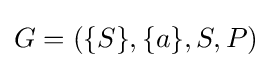
G=(\{S\},\{a\},S,P)